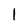
Character: 1